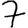
Digit: 7